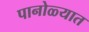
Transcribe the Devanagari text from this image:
पानोळ्यात